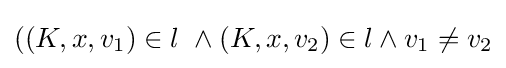
((K,x,v_{1})\in l\ \land (K,x,v_{2})\in l\land v_{1}\neq v_{2}